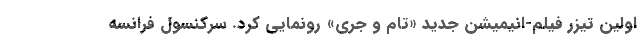
اولین تیزر فیلم-انیمیشن جدید «تام و جری» رونمایی کرد. سرکنسول فرانسه